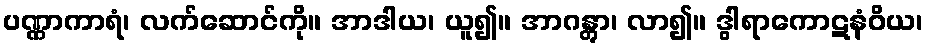
ပဏ္ဏာကာရံ၊ လက်ဆောင်ကို။ အာဒါယ၊ ယူ၍။ အာဂန္တွာ၊ လာ၍။ ဒွါရာကောဋနံဝိယ၊